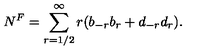
N ^ { F } = \sum _ { r = 1 / 2 } ^ { \infty } r ( b _ { - r } b _ { r } + d _ { - r } d _ { r } ) .